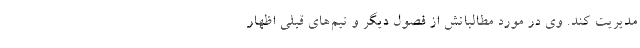
مدیریت کند. وی در مورد مطالباتش از فصول دیگر و تیم‌های قبلی اظهار